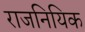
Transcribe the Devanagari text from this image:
राजनियिक